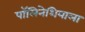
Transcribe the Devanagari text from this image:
पॉलिनेशियाला